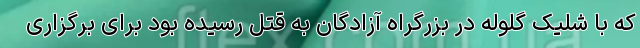
که با شلیک گلوله در بزرگراه آزادگان به قتل رسیده بود برای برگزاری